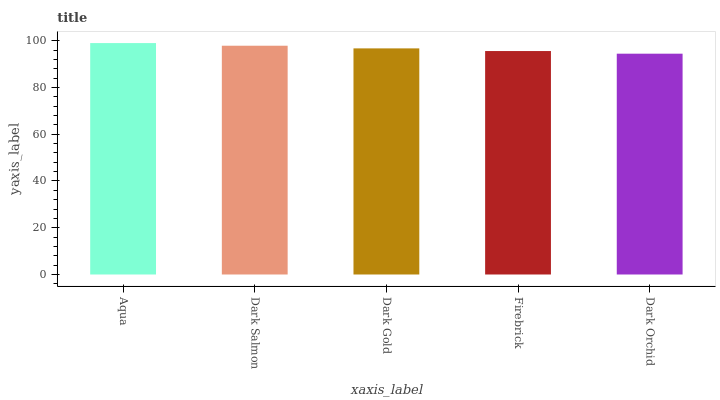
| xaxis_label | bars |
 | --- | --- |
 | Aqua | 99 |
 | Dark Salmon | 97.9 |
 | Dark Gold | 96.7 |
 | Firebrick | 95.6 |
 | Dark Orchid | 94.5 |